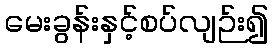
မေးခွန်းနှင့်စပ်လျဉ်း၍